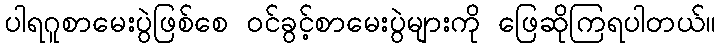
ပါရဂူစာမေးပွဲဖြစ်စေ ဝင်ခွင့်စာမေးပွဲများကို ဖြေဆိုကြရပါတယ်။